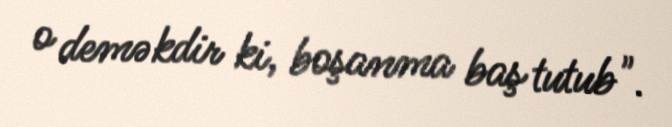
o deməkdir ki, boşanma baş tutub".